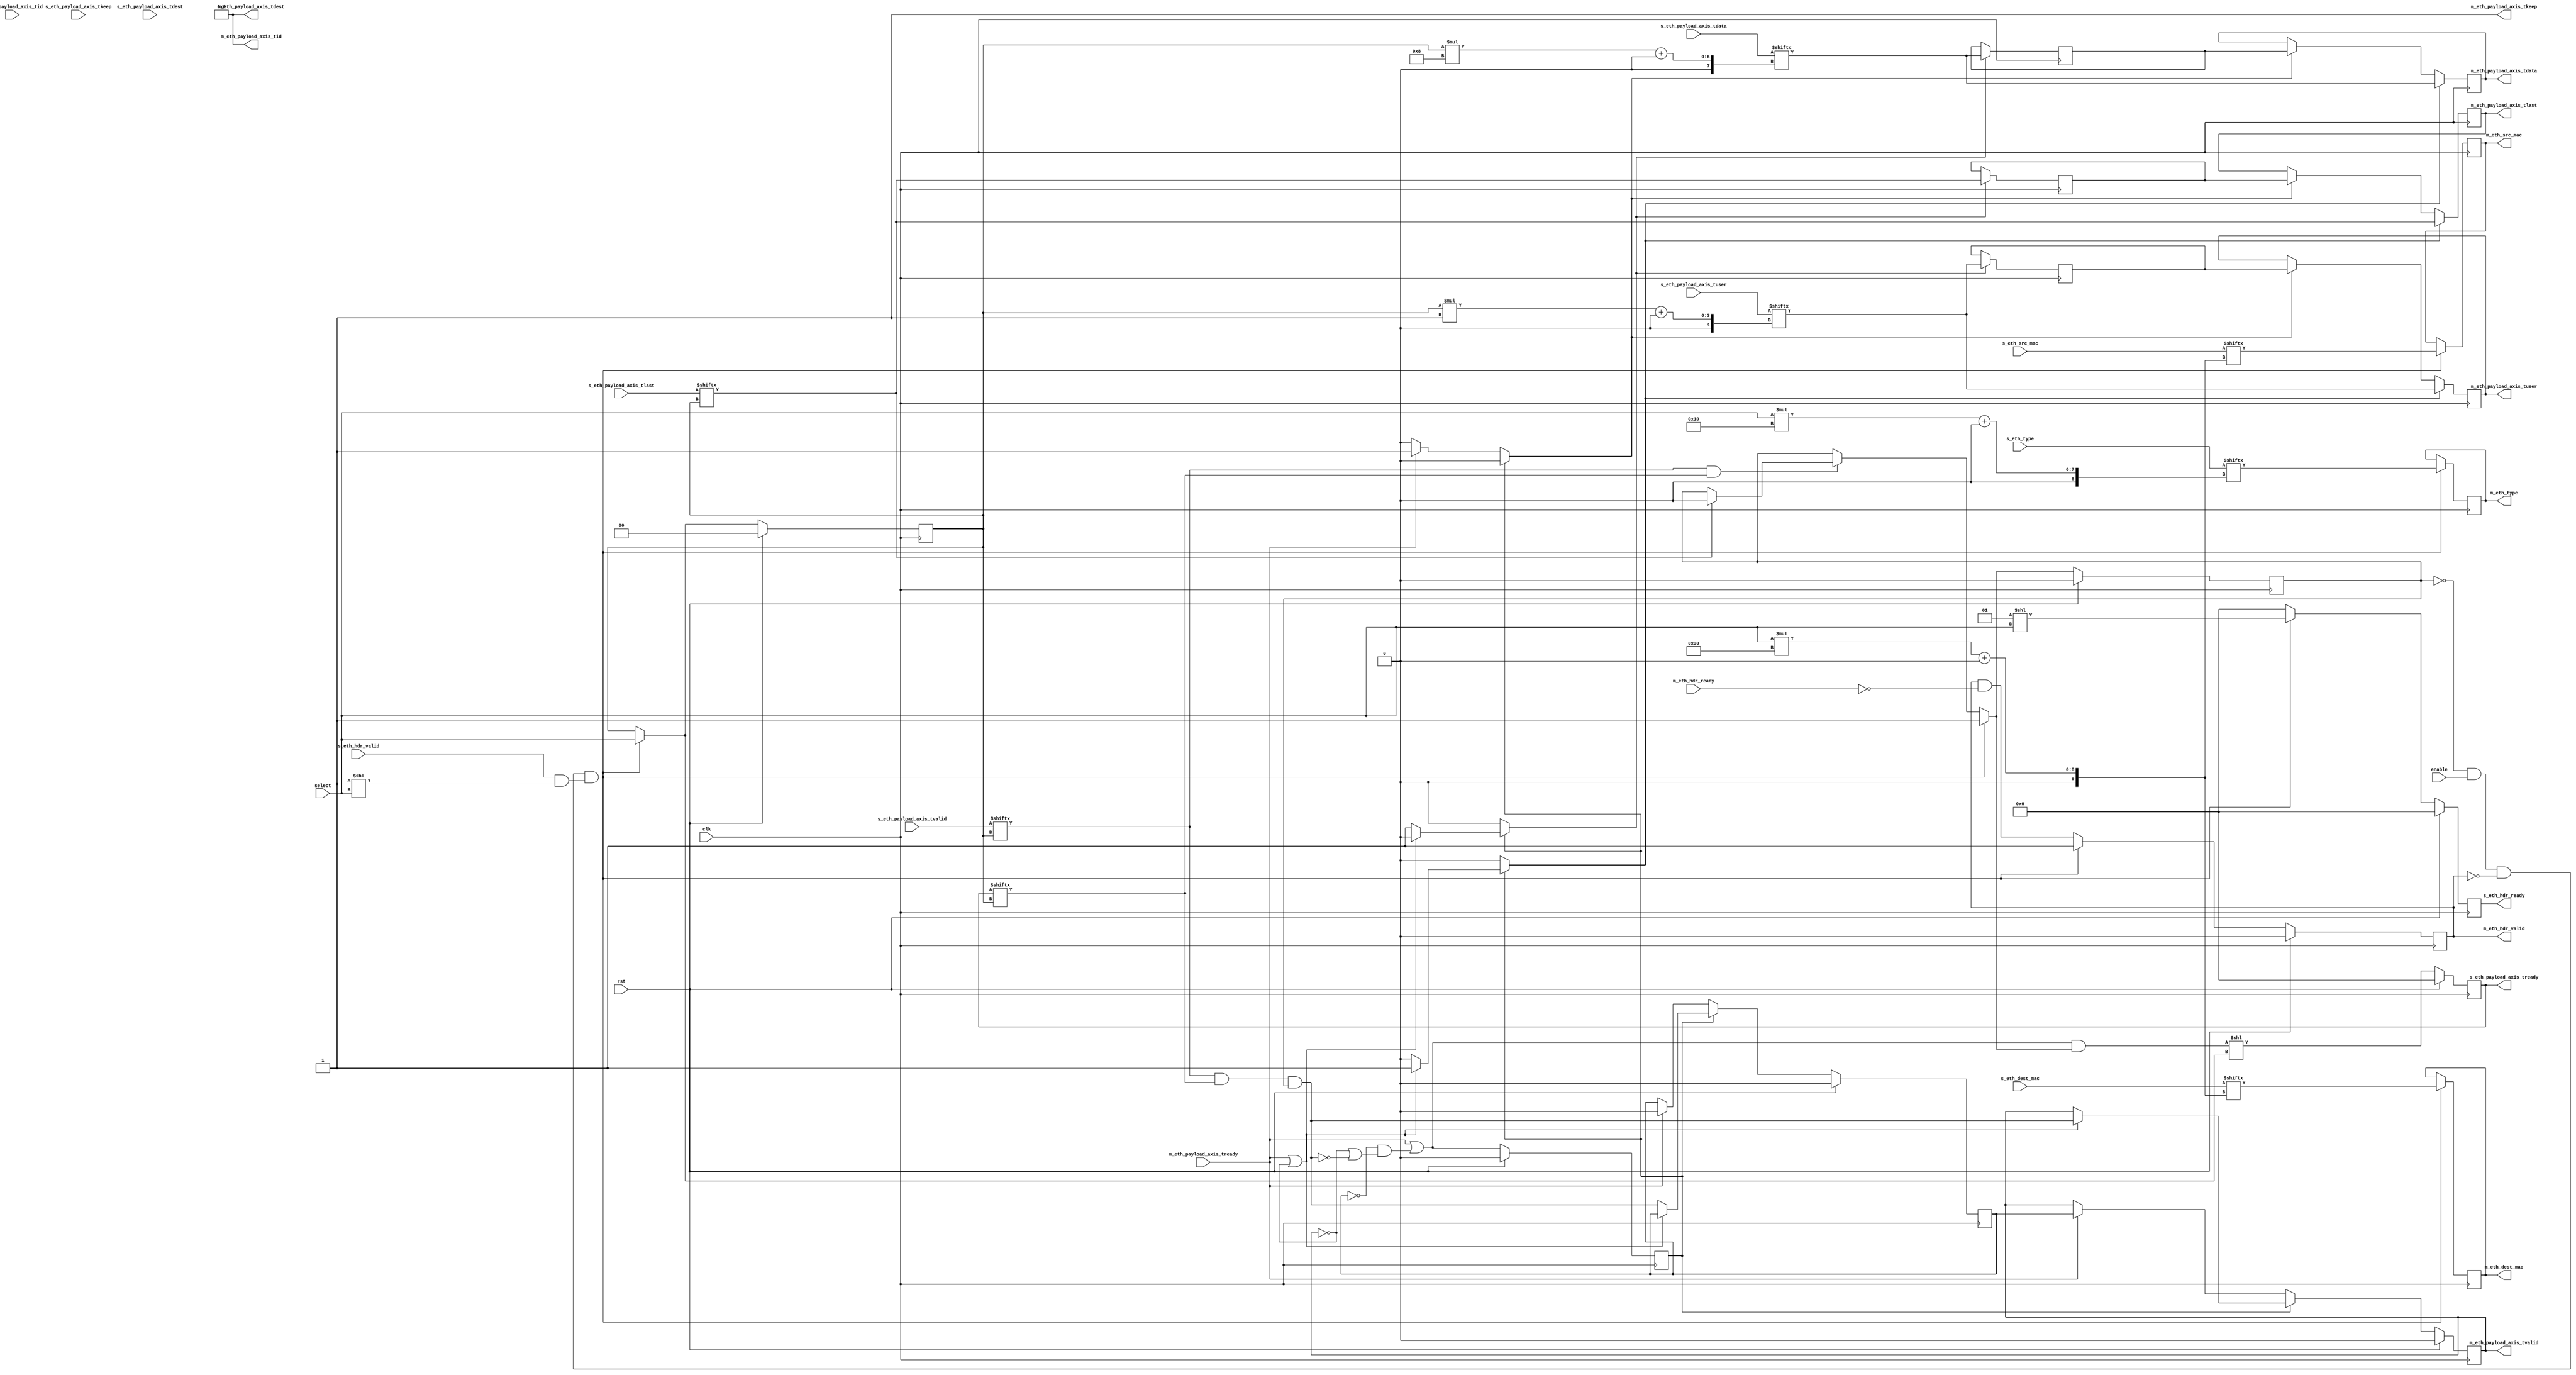
module eth_mux #
(
    parameter S_COUNT = 4,
    parameter DATA_WIDTH = 8,
    parameter KEEP_ENABLE = (DATA_WIDTH>8),
    parameter KEEP_WIDTH = (DATA_WIDTH/8),
    parameter ID_ENABLE = 0,
    parameter ID_WIDTH = 8,
    parameter DEST_ENABLE = 0,
    parameter DEST_WIDTH = 8,
    parameter USER_ENABLE = 1,
    parameter USER_WIDTH = 1
)
(
    input  wire                          clk,
    input  wire                          rst,
    /*
     */
    input  wire [S_COUNT-1:0]            s_eth_hdr_valid,
    output wire [S_COUNT-1:0]            s_eth_hdr_ready,
    input  wire [S_COUNT*48-1:0]         s_eth_dest_mac,
    input  wire [S_COUNT*48-1:0]         s_eth_src_mac,
    input  wire [S_COUNT*16-1:0]         s_eth_type,
    input  wire [S_COUNT*DATA_WIDTH-1:0] s_eth_payload_axis_tdata,
    input  wire [S_COUNT*KEEP_WIDTH-1:0] s_eth_payload_axis_tkeep,
    input  wire [S_COUNT-1:0]            s_eth_payload_axis_tvalid,
    output wire [S_COUNT-1:0]            s_eth_payload_axis_tready,
    input  wire [S_COUNT-1:0]            s_eth_payload_axis_tlast,
    input  wire [S_COUNT*ID_WIDTH-1:0]   s_eth_payload_axis_tid,
    input  wire [S_COUNT*DEST_WIDTH-1:0] s_eth_payload_axis_tdest,
    input  wire [S_COUNT*USER_WIDTH-1:0] s_eth_payload_axis_tuser,
    /*
     */
    output wire                          m_eth_hdr_valid,
    input  wire                          m_eth_hdr_ready,
    output wire [47:0]                   m_eth_dest_mac,
    output wire [47:0]                   m_eth_src_mac,
    output wire [15:0]                   m_eth_type,
    output wire [DATA_WIDTH-1:0]         m_eth_payload_axis_tdata,
    output wire [KEEP_WIDTH-1:0]         m_eth_payload_axis_tkeep,
    output wire                          m_eth_payload_axis_tvalid,
    input  wire                          m_eth_payload_axis_tready,
    output wire                          m_eth_payload_axis_tlast,
    output wire [ID_WIDTH-1:0]           m_eth_payload_axis_tid,
    output wire [DEST_WIDTH-1:0]         m_eth_payload_axis_tdest,
    output wire [USER_WIDTH-1:0]         m_eth_payload_axis_tuser,
    /*
     */
    input  wire                          enable,
    input  wire [$clog2(S_COUNT)-1:0]    select
);
parameter CL_S_COUNT = $clog2(S_COUNT);
reg [CL_S_COUNT-1:0] select_reg = 2'd0, select_next;
reg frame_reg = 1'b0, frame_next;
reg [S_COUNT-1:0] s_eth_hdr_ready_reg = 0, s_eth_hdr_ready_next;
reg [S_COUNT-1:0] s_eth_payload_axis_tready_reg = 0, s_eth_payload_axis_tready_next;
reg m_eth_hdr_valid_reg = 1'b0, m_eth_hdr_valid_next;
reg [47:0] m_eth_dest_mac_reg = 48'd0, m_eth_dest_mac_next;
reg [47:0] m_eth_src_mac_reg = 48'd0, m_eth_src_mac_next;
reg [15:0] m_eth_type_reg = 16'd0, m_eth_type_next;
// internal datapath
reg  [DATA_WIDTH-1:0] m_eth_payload_axis_tdata_int;
reg  [KEEP_WIDTH-1:0] m_eth_payload_axis_tkeep_int;
reg                   m_eth_payload_axis_tvalid_int;
reg                   m_eth_payload_axis_tready_int_reg = 1'b0;
reg                   m_eth_payload_axis_tlast_int;
reg  [ID_WIDTH-1:0]   m_eth_payload_axis_tid_int;
reg  [DEST_WIDTH-1:0] m_eth_payload_axis_tdest_int;
reg  [USER_WIDTH-1:0] m_eth_payload_axis_tuser_int;
wire                  m_eth_payload_axis_tready_int_early;
assign s_eth_hdr_ready = s_eth_hdr_ready_reg;
assign s_eth_payload_axis_tready = s_eth_payload_axis_tready_reg;
assign m_eth_hdr_valid = m_eth_hdr_valid_reg;
assign m_eth_dest_mac = m_eth_dest_mac_reg;
assign m_eth_src_mac = m_eth_src_mac_reg;
assign m_eth_type = m_eth_type_reg;
// mux for incoming packet
wire [DATA_WIDTH-1:0] current_s_tdata  = s_eth_payload_axis_tdata[select_reg*DATA_WIDTH +: DATA_WIDTH];
wire [KEEP_WIDTH-1:0] current_s_tkeep  = s_eth_payload_axis_tkeep[select_reg*KEEP_WIDTH +: KEEP_WIDTH];
wire                  current_s_tvalid = s_eth_payload_axis_tvalid[select_reg];
wire                  current_s_tready = s_eth_payload_axis_tready[select_reg];
wire                  current_s_tlast  = s_eth_payload_axis_tlast[select_reg];
wire [ID_WIDTH-1:0]   current_s_tid    = s_eth_payload_axis_tid[select_reg*ID_WIDTH +: ID_WIDTH];
wire [DEST_WIDTH-1:0] current_s_tdest  = s_eth_payload_axis_tdest[select_reg*DEST_WIDTH +: DEST_WIDTH];
wire [USER_WIDTH-1:0] current_s_tuser  = s_eth_payload_axis_tuser[select_reg*USER_WIDTH +: USER_WIDTH];
always @* begin
    select_next = select_reg;
    frame_next = frame_reg;
    s_eth_hdr_ready_next = 0;
    s_eth_payload_axis_tready_next = 0;
    m_eth_hdr_valid_next = m_eth_hdr_valid_reg && !m_eth_hdr_ready;
    m_eth_dest_mac_next = m_eth_dest_mac_reg;
    m_eth_src_mac_next = m_eth_src_mac_reg;
    m_eth_type_next = m_eth_type_reg;
    if (current_s_tvalid & current_s_tready) begin
        // end of frame detection
        if (current_s_tlast) begin
            frame_next = 1'b0;
        end
    end
    if (!frame_reg && enable && !m_eth_hdr_valid && (s_eth_hdr_valid & (1 << select))) begin
        // start of frame, grab select value
        frame_next = 1'b1;
        select_next = select;
        s_eth_hdr_ready_next = (1 << select);
        m_eth_hdr_valid_next = 1'b1;
        m_eth_dest_mac_next = s_eth_dest_mac[select*48 +: 48];
        m_eth_src_mac_next = s_eth_src_mac[select*48 +: 48];
        m_eth_type_next = s_eth_type[select*16 +: 16];
    end
    // generate ready signal on selected port
    s_eth_payload_axis_tready_next = (m_eth_payload_axis_tready_int_early && frame_next) << select_next;
    // pass through selected packet data
    m_eth_payload_axis_tdata_int  = current_s_tdata;
    m_eth_payload_axis_tkeep_int  = current_s_tkeep;
    m_eth_payload_axis_tvalid_int = current_s_tvalid && current_s_tready && frame_reg;
    m_eth_payload_axis_tlast_int  = current_s_tlast;
    m_eth_payload_axis_tid_int    = current_s_tid;
    m_eth_payload_axis_tdest_int  = current_s_tdest;
    m_eth_payload_axis_tuser_int  = current_s_tuser;
end
always @(posedge clk) begin
    if (rst) begin
        select_reg <= 0;
        frame_reg <= 1'b0;
        s_eth_hdr_ready_reg <= 0;
        s_eth_payload_axis_tready_reg <= 0;
        m_eth_hdr_valid_reg <= 1'b0;
    end else begin
        select_reg <= select_next;
        frame_reg <= frame_next;
        s_eth_hdr_ready_reg <= s_eth_hdr_ready_next;
        s_eth_payload_axis_tready_reg <= s_eth_payload_axis_tready_next;
        m_eth_hdr_valid_reg <= m_eth_hdr_valid_next;
    end
    m_eth_dest_mac_reg <= m_eth_dest_mac_next;
    m_eth_src_mac_reg <= m_eth_src_mac_next;
    m_eth_type_reg <= m_eth_type_next;
end
// output datapath logic
reg [DATA_WIDTH-1:0] m_eth_payload_axis_tdata_reg  = {DATA_WIDTH{1'b0}};
reg [KEEP_WIDTH-1:0] m_eth_payload_axis_tkeep_reg  = {KEEP_WIDTH{1'b0}};
reg                  m_eth_payload_axis_tvalid_reg = 1'b0, m_eth_payload_axis_tvalid_next;
reg                  m_eth_payload_axis_tlast_reg  = 1'b0;
reg [ID_WIDTH-1:0]   m_eth_payload_axis_tid_reg    = {ID_WIDTH{1'b0}};
reg [DEST_WIDTH-1:0] m_eth_payload_axis_tdest_reg  = {DEST_WIDTH{1'b0}};
reg [USER_WIDTH-1:0] m_eth_payload_axis_tuser_reg  = {USER_WIDTH{1'b0}};
reg [DATA_WIDTH-1:0] temp_m_eth_payload_axis_tdata_reg  = {DATA_WIDTH{1'b0}};
reg [KEEP_WIDTH-1:0] temp_m_eth_payload_axis_tkeep_reg  = {KEEP_WIDTH{1'b0}};
reg                  temp_m_eth_payload_axis_tvalid_reg = 1'b0, temp_m_eth_payload_axis_tvalid_next;
reg                  temp_m_eth_payload_axis_tlast_reg  = 1'b0;
reg [ID_WIDTH-1:0]   temp_m_eth_payload_axis_tid_reg    = {ID_WIDTH{1'b0}};
reg [DEST_WIDTH-1:0] temp_m_eth_payload_axis_tdest_reg  = {DEST_WIDTH{1'b0}};
reg [USER_WIDTH-1:0] temp_m_eth_payload_axis_tuser_reg  = {USER_WIDTH{1'b0}};
// datapath control
reg store_axis_int_to_output;
reg store_axis_int_to_temp;
reg store_axis_temp_to_output;
assign m_eth_payload_axis_tdata  = m_eth_payload_axis_tdata_reg;
assign m_eth_payload_axis_tkeep  = KEEP_ENABLE ? m_eth_payload_axis_tkeep_reg : {KEEP_WIDTH{1'b1}};
assign m_eth_payload_axis_tvalid = m_eth_payload_axis_tvalid_reg;
assign m_eth_payload_axis_tlast  = m_eth_payload_axis_tlast_reg;
assign m_eth_payload_axis_tid    = ID_ENABLE   ? m_eth_payload_axis_tid_reg   : {ID_WIDTH{1'b0}};
assign m_eth_payload_axis_tdest  = DEST_ENABLE ? m_eth_payload_axis_tdest_reg : {DEST_WIDTH{1'b0}};
assign m_eth_payload_axis_tuser  = USER_ENABLE ? m_eth_payload_axis_tuser_reg : {USER_WIDTH{1'b0}};
// enable ready input next cycle if output is ready or the temp reg will not be filled on the next cycle (output reg empty or no input)
assign m_eth_payload_axis_tready_int_early = m_eth_payload_axis_tready || (!temp_m_eth_payload_axis_tvalid_reg && (!m_eth_payload_axis_tvalid_reg || !m_eth_payload_axis_tvalid_int));
always @* begin
    // transfer sink ready state to source
    m_eth_payload_axis_tvalid_next = m_eth_payload_axis_tvalid_reg;
    temp_m_eth_payload_axis_tvalid_next = temp_m_eth_payload_axis_tvalid_reg;
    store_axis_int_to_output = 1'b0;
    store_axis_int_to_temp = 1'b0;
    store_axis_temp_to_output = 1'b0;
    if (m_eth_payload_axis_tready_int_reg) begin
        // input is ready
        if (m_eth_payload_axis_tready || !m_eth_payload_axis_tvalid_reg) begin
            // output is ready or currently not valid, transfer data to output
            m_eth_payload_axis_tvalid_next = m_eth_payload_axis_tvalid_int;
            store_axis_int_to_output = 1'b1;
        end else begin
            // output is not ready, store input in temp
            temp_m_eth_payload_axis_tvalid_next = m_eth_payload_axis_tvalid_int;
            store_axis_int_to_temp = 1'b1;
        end
    end else if (m_eth_payload_axis_tready) begin
        // input is not ready, but output is ready
        m_eth_payload_axis_tvalid_next = temp_m_eth_payload_axis_tvalid_reg;
        temp_m_eth_payload_axis_tvalid_next = 1'b0;
        store_axis_temp_to_output = 1'b1;
    end
end
always @(posedge clk) begin
    if (rst) begin
        m_eth_payload_axis_tvalid_reg <= 1'b0;
        m_eth_payload_axis_tready_int_reg <= 1'b0;
        temp_m_eth_payload_axis_tvalid_reg <= 1'b0;
    end else begin
        m_eth_payload_axis_tvalid_reg <= m_eth_payload_axis_tvalid_next;
        m_eth_payload_axis_tready_int_reg <= m_eth_payload_axis_tready_int_early;
        temp_m_eth_payload_axis_tvalid_reg <= temp_m_eth_payload_axis_tvalid_next;
    end
    // datapath
    if (store_axis_int_to_output) begin
        m_eth_payload_axis_tdata_reg <= m_eth_payload_axis_tdata_int;
        m_eth_payload_axis_tkeep_reg <= m_eth_payload_axis_tkeep_int;
        m_eth_payload_axis_tlast_reg <= m_eth_payload_axis_tlast_int;
        m_eth_payload_axis_tid_reg   <= m_eth_payload_axis_tid_int;
        m_eth_payload_axis_tdest_reg <= m_eth_payload_axis_tdest_int;
        m_eth_payload_axis_tuser_reg <= m_eth_payload_axis_tuser_int;
    end else if (store_axis_temp_to_output) begin
        m_eth_payload_axis_tdata_reg <= temp_m_eth_payload_axis_tdata_reg;
        m_eth_payload_axis_tkeep_reg <= temp_m_eth_payload_axis_tkeep_reg;
        m_eth_payload_axis_tlast_reg <= temp_m_eth_payload_axis_tlast_reg;
        m_eth_payload_axis_tid_reg   <= temp_m_eth_payload_axis_tid_reg;
        m_eth_payload_axis_tdest_reg <= temp_m_eth_payload_axis_tdest_reg;
        m_eth_payload_axis_tuser_reg <= temp_m_eth_payload_axis_tuser_reg;
    end
    if (store_axis_int_to_temp) begin
        temp_m_eth_payload_axis_tdata_reg <= m_eth_payload_axis_tdata_int;
        temp_m_eth_payload_axis_tkeep_reg <= m_eth_payload_axis_tkeep_int;
        temp_m_eth_payload_axis_tlast_reg <= m_eth_payload_axis_tlast_int;
        temp_m_eth_payload_axis_tid_reg   <= m_eth_payload_axis_tid_int;
        temp_m_eth_payload_axis_tdest_reg <= m_eth_payload_axis_tdest_int;
        temp_m_eth_payload_axis_tuser_reg <= m_eth_payload_axis_tuser_int;
    end
end
endmodule